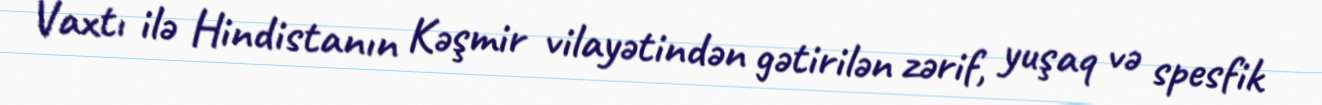
Vaxtı ilə Hindistanın Kəşmir vilayətindən gətirilən zərif, yuşaq və spesfik